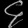
Digit: ၄